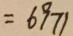
= 6 9 7 1